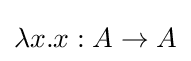
\lambda x.x\mathrel {:} A\to A